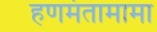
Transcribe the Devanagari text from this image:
हणमंतामामा